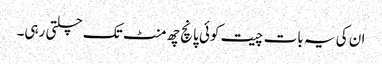
ان کی یہ بات چیت کوئی پانچ چھ منٹ تک چلتی رہی۔